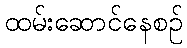
ထမ်းဆောင်နေစဉ်